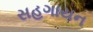
સહગાયન